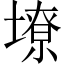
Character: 㙩